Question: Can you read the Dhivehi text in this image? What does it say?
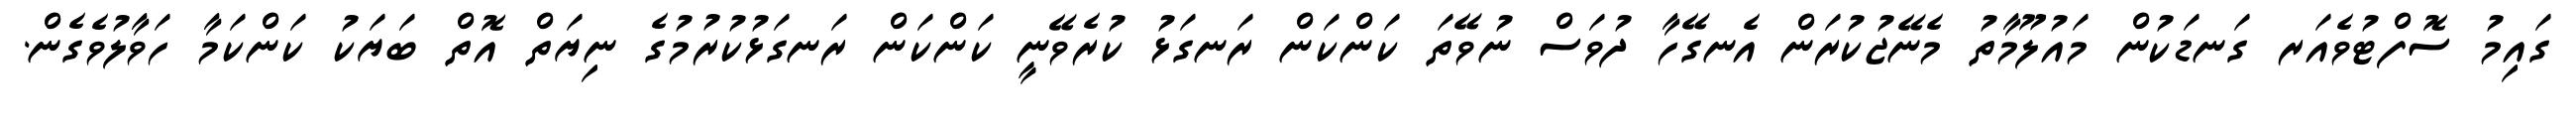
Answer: ގައިމު ސޮފްޓުވެއަރ ގަނޑަކުން މައުލޫމާތު މެނޭޖުކުރަން އެނގޭހާ ދުވަސް ނުވޭތަ ކަންކަން ރަނގަޅު ކުރެވޭނީ ކަންކަން ރަނގަޅުކުރުމުގެ ނިޔަތް އޮތް ބަޔަކު ކަންކަމާ ހަވާލުވެގެން.